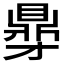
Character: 𮮥